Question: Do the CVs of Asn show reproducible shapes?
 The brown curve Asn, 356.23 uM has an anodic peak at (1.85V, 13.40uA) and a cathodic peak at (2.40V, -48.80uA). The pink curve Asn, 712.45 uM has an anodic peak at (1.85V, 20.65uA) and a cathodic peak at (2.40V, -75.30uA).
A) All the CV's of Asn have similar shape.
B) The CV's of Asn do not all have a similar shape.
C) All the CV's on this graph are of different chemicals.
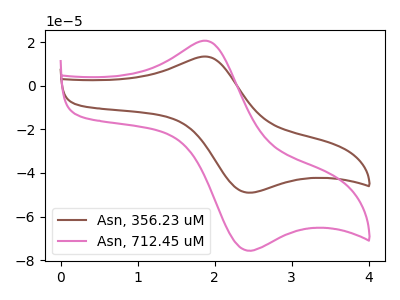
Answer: <think>All the peaks in "Asn, 356.23 uM" have a peak in "Asn, 712.45 uM" at the same potential. Every peak in "Asn, 356.23 uM" is lower than every peak in "Asn, 712.45 uM".
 </think>
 <answer>A) All the CV's of "Asn" have similar shape.</answer>
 <eval>A</eval>